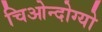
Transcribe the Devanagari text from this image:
चिओन्दोग्यो